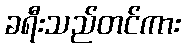
ခရီးသည်တင်ကား